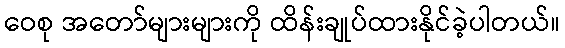
ဝေစု အတော်များများကို ထိန်းချုပ်ထားနိုင်ခဲ့ပါတယ်။